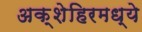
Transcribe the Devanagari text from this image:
अक्शेहिरमध्ये